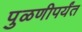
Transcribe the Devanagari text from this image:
पुळणीपर्यंत